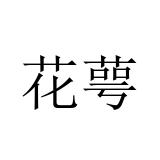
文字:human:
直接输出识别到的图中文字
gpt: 花萼